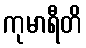
ကုမာရီတိ